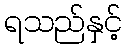
ရသည်နှင့်